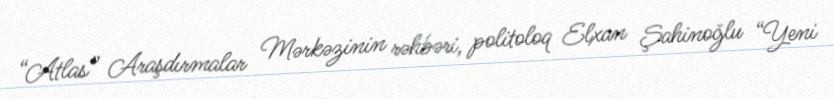
“Atlas” Araşdırmalar Mərkəzinin rəhbəri, politoloq Elxan Şahinoğlu “Yeni